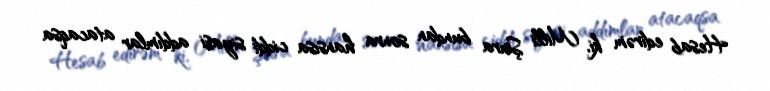
Hesab edirəm ki, Milli Şura bundan sonra hansısa ciddi siyasi addımlar atacaqsa